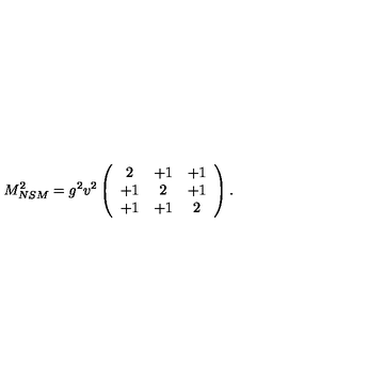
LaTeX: M _ { N S M } ^ { 2 } = g ^ { 2 } v ^ { 2 } \left( \begin{array} { c c c } { 2 } & { + 1 } & { + 1 } \\ { + 1 } & { 2 } & { + 1 } \\ { + 1 } & { + 1 } & { 2 } \\ \end{array} \right) . \,